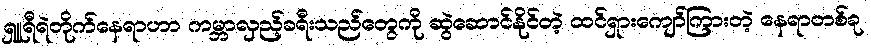
ရှူရီရဲတိုက်နေရာဟာ ကမ္ဘာလှည့်ခရီးသည်တွေကို ဆွဲဆောင်နိုင်တဲ့ ထင်ရှားကျော်ကြားတဲ့ နေရာတစ်ခု